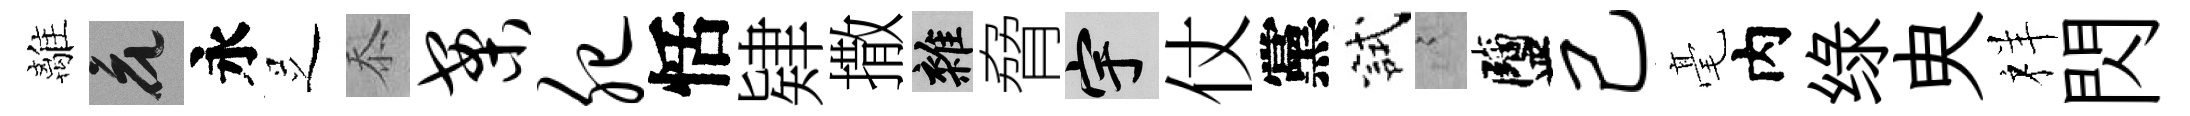
離花永𠯁忝案肥恬肄撒雜脅宇仗黨試謭鹽己毫内绿㬰祥閃